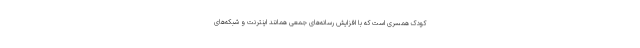
کودک همسری است که با افزایش رسانه‌های جمعی همانند اینترنت و شبکه‌های